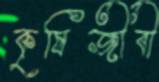
কৃষিজীবী